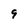
Character: 9